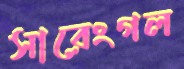
সারেংগল